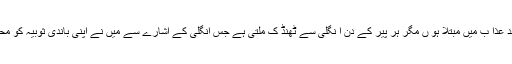
تواس نے بتایا کہ تم سے جدا ہو نے کے بعد عذا ب میں مبتلا ہو ں مگر ہر پیر کے دن ا نگلی سے ٹھنڈ ک ملتی ہے جس انگلی کے اشارے سے میں نے اپنی باندی ثوبیہ کو محمدﷺ بن عبداللہ کی پیدائش پر آزادکر دیاتھا۔